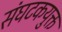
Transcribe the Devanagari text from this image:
संघटकयुक्त